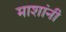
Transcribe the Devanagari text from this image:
माशांनी